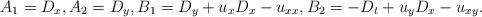
LaTeX: \begin{align*}A_1=D_x, A_2=D_y, B_1=D_y+u_x D_x-u_{xx},B_2=-D_t+u_y D_x-u_{xy}.\end{align*}